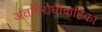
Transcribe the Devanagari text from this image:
अंतर्विरोधीवाहिका